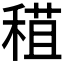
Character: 𥠙